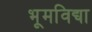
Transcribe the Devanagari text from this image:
भूमविद्या